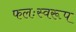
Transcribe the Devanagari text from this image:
फलःस्वरूप